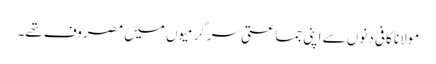
مولانا کافی دنوں سے اپنی جماعتی سرگرمیوں میں مصروف تھے۔